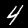
Label: 4